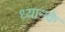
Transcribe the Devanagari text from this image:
ध्यानके